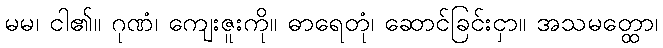
မမ၊ ငါ၏။ ဂုဏံ၊ ကျေးဇူးကို။ ဓာရေတုံ၊ ဆောင်ခြင်းငှာ။ အသမတ္ထော၊